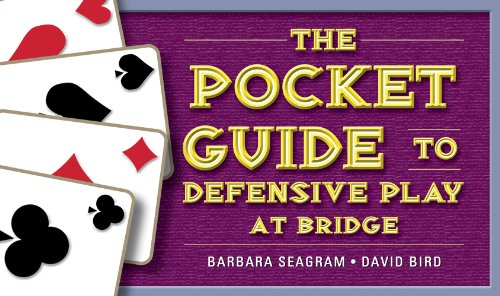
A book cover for The Pocket Guide to Defensive Play at Bridge; Barbara Seagram; Humor & Entertainment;